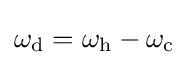
\omega _{\text{d}}=\omega _{\text{h}}-\omega _{\text{c}}